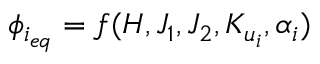
\phi _ { i _ { e q } } = f ( H , J _ { 1 } , J _ { 2 } , K _ { u _ { i } } , \alpha _ { i } )